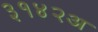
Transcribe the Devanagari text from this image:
३१४२अ